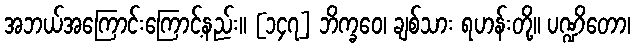
အဘယ်အကြောင်းကြောင့်နည်း။ [၁၄၇] ဘိက္ခဝေ၊ ချစ်သား ရဟန်းတို့။ ပဏ္ဍိတော၊